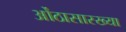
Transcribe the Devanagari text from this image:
ओंठासारख्या